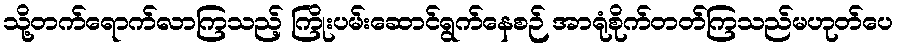
သို့တက်ရောက်လာကြသည့် ကြိုးပမ်းဆောင်ရွက်နေစဉ် အာရုံစိုက်တတ်ကြသည်မဟုတ်ပေ